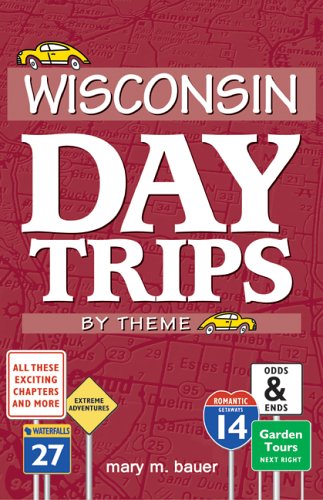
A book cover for Wisconsin Day Trips: By Theme; Mary M. Bauer; Travel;